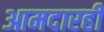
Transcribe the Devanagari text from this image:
आमदारही